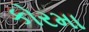
કોરમા